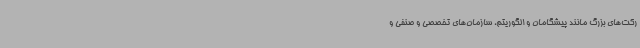
رکت‌های بزرگ مانند پیشگامان و الگوریتم، سازمان‌های تخصصی و صنفی و